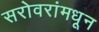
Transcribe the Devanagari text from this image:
सरोवरांमधून